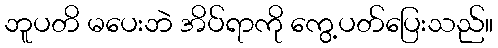
ဘူပတိ မပေးဘဲ အိပ်ရာကို ကွေ့ပတ်ပြေးသည်။